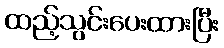
ထည့်သွင်းပေးထားပြီး